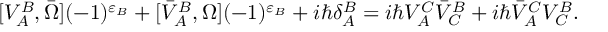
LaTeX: [ V _ { A } ^ { B } , \bar { \Omega } ] ( - 1 ) ^ { \varepsilon _ { B } } + [ \bar { V } _ { A } ^ { B } , \Omega ] ( - 1 ) ^ { \varepsilon _ { B } } + i \hbar \delta _ { A } ^ { B } = i \hbar V _ { A } ^ { C } \bar { V } _ { C } ^ { B } + i \hbar \bar { V } _ { A } ^ { C } V _ { C } ^ { B } .